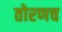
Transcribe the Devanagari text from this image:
तोरणच